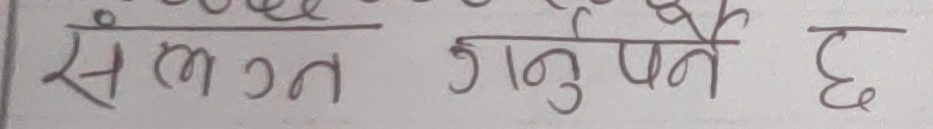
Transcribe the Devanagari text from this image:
संलग्न गर्नु पर्ने छ